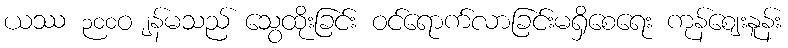
ယဿ ၃၀၀ဝ ျန်မသည် သွေထိုးခြင်း ဝင်ရောက်လာခြင်းမရှိစေရေး ကုန်ဈေးနူန်း